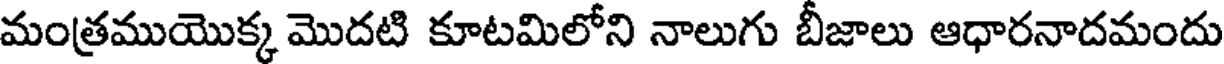
మంత్రముయొక్క మొదటి కూటమిలోని నాలుగు బీజాలు ఆధారనాదమందు